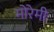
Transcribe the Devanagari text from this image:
मोरेमी